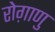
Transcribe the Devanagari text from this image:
रोग़ाणु